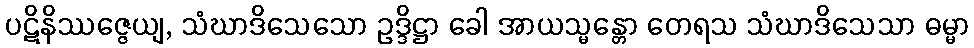
ပဋိနိဿဇ္ဇေယျ, သံဃာဒိသေသော ဥဒ္ဒိဋ္ဌာ ခေါ အာယသ္မန္တော တေရသ သံဃာဒိသေသာ ဓမ္မာ